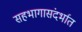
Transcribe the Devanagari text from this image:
सहभागासंदर्भात